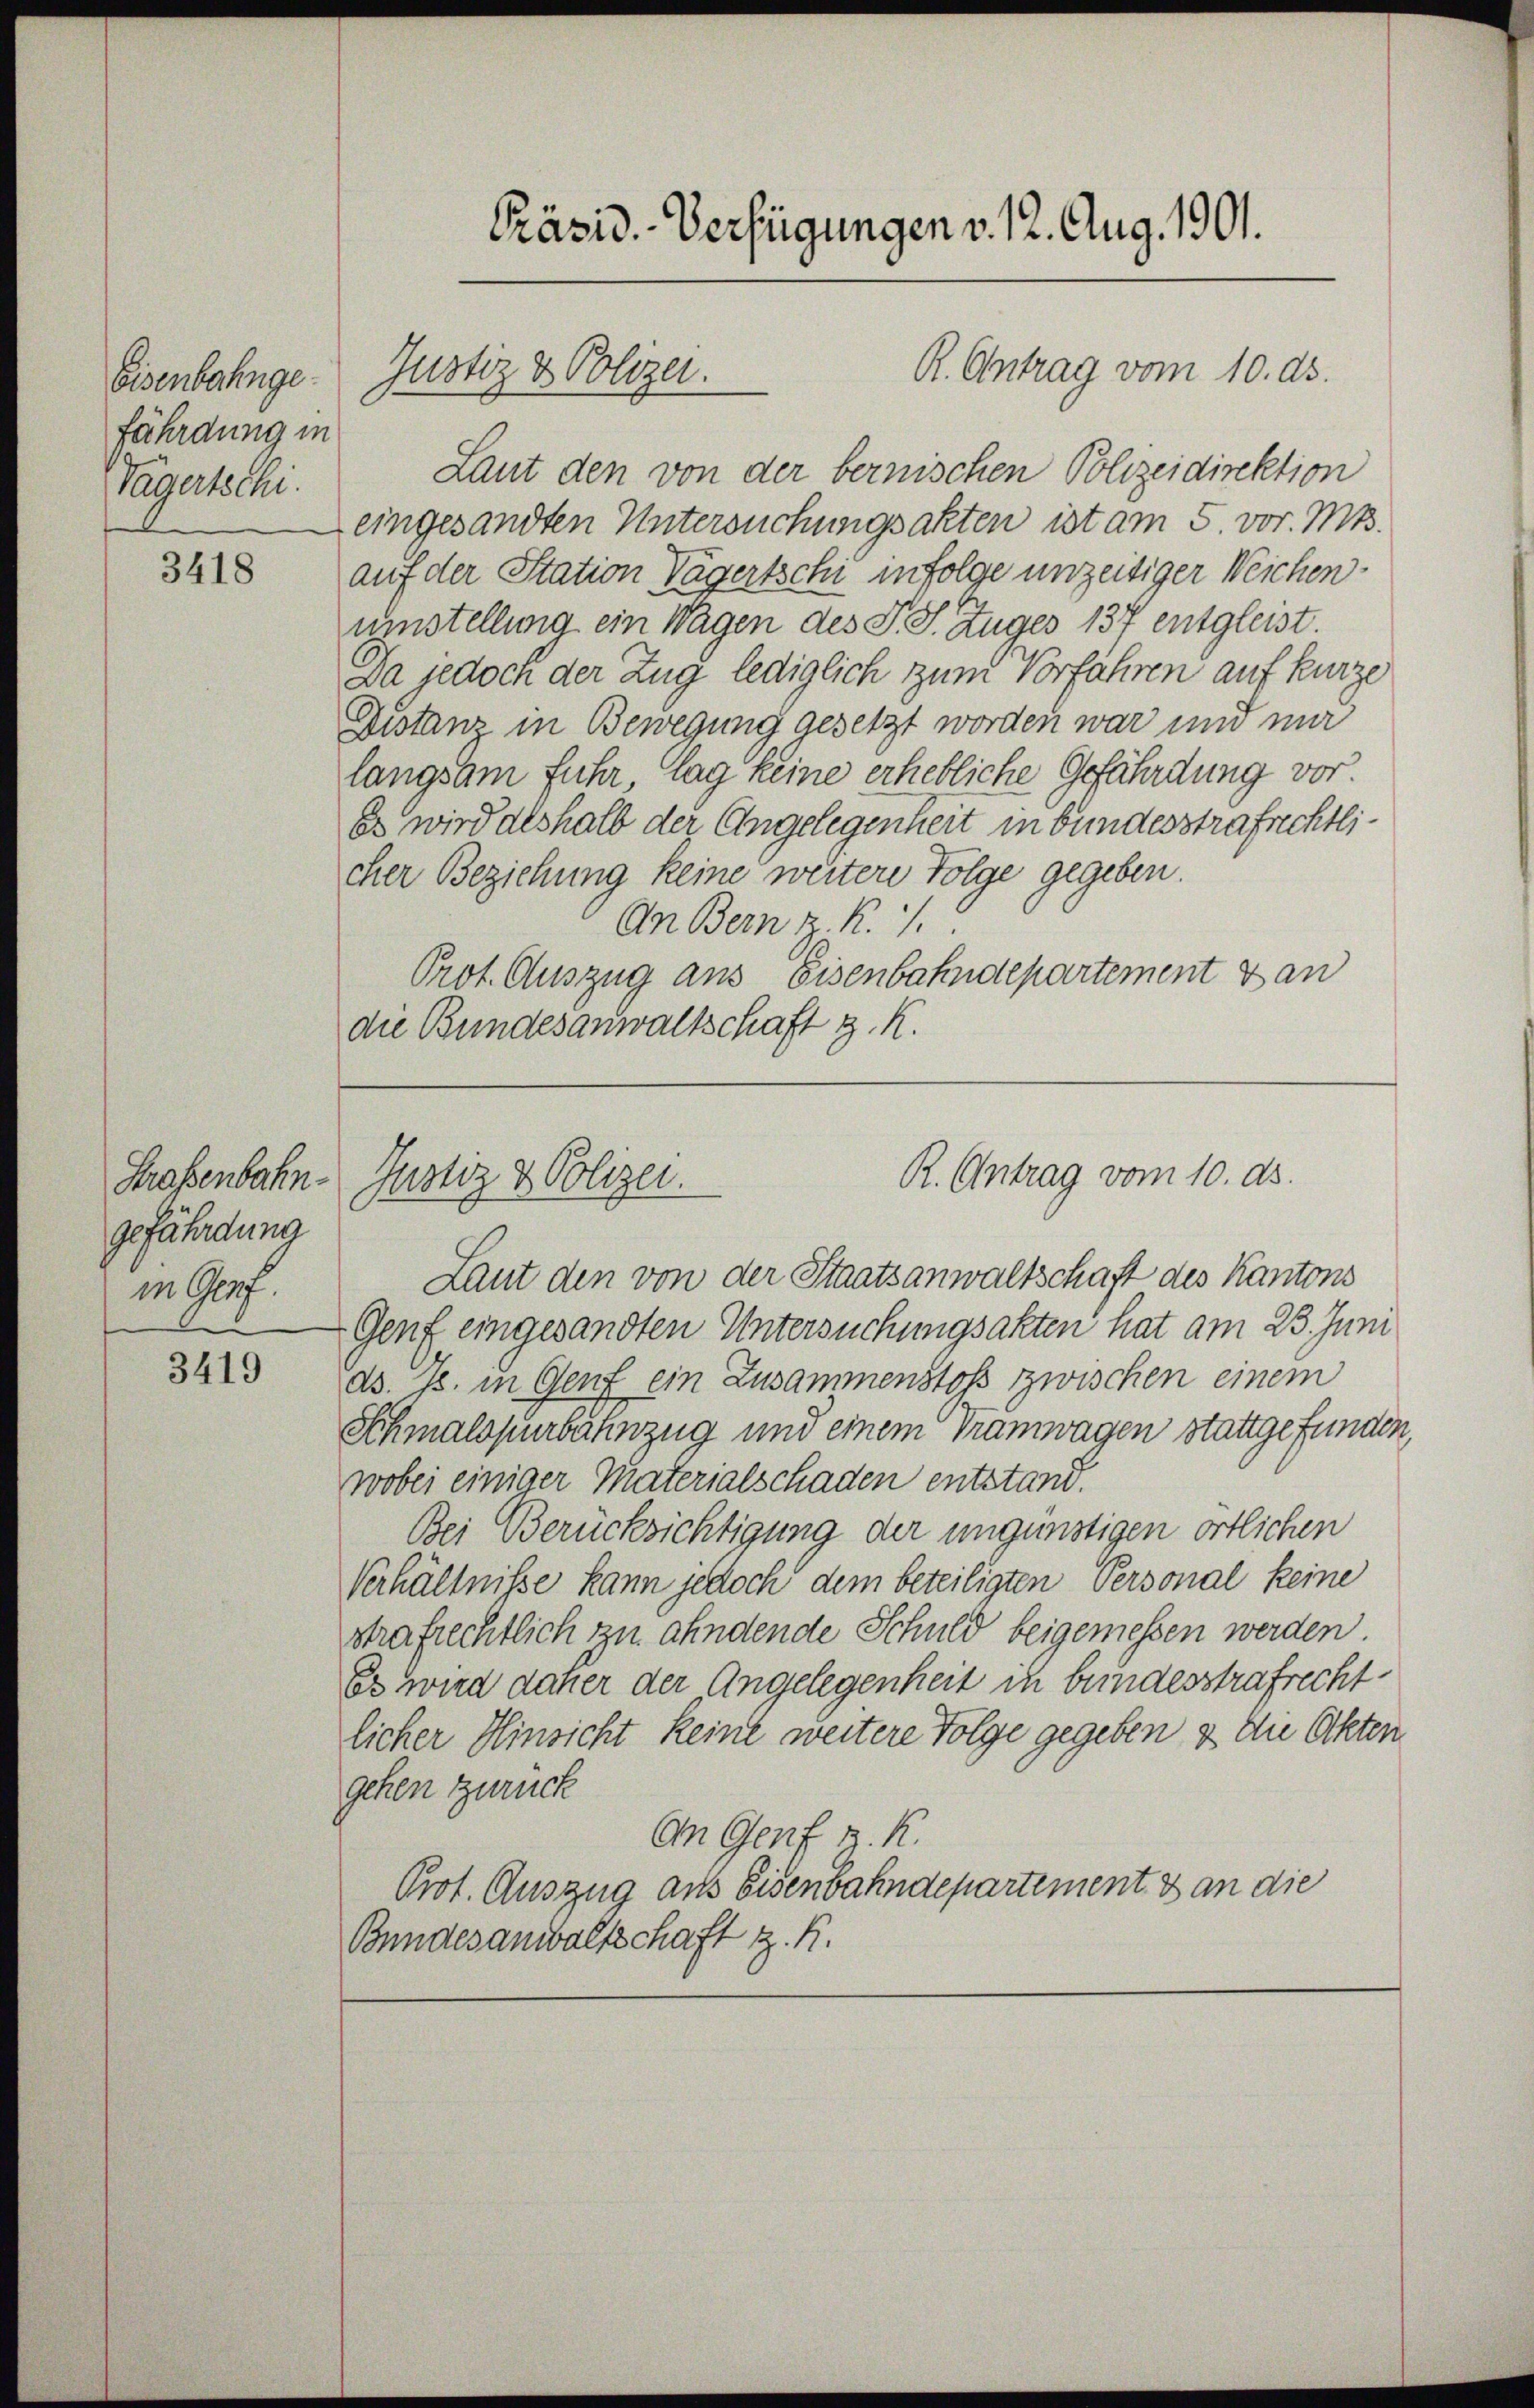
Eisenbahngefährdung in
Tägertschi.

3418

Strassenbahn-
gefährdung
in Graf.

3419

Laut den von der bernischen Polizeidirektion
eingesandten Untersuchungsakten ist am 5. vor. Mts.
auf der Station Tägertschi infolge unzeitiger Weichen
umstellung ein Wagen des P. S. Zuges 137 entgleist.
Da jedoch der Zug lediglich zum Vorfahren auf kurze
Distanz in Bewegung gesetzt worden war und nur
langsam fuhr lag keine erhebliche Gefährdung vor
Es wird deshalb der Angelegenheit in bundesstrafrechtlicher Beziehung keine weitere Folge gegeben.
An Bern K.
Prot. Auszug aus Eisenbahndepartement Dan
die Bundesanwaltschaft z. K.

Präsid.-Verfügungen v. 12. Aug. 1901.

Justiz & Polizei.

R. Antrag vom 10. ds.

R. Antrag vom 10. ds.
Justiz & Polizei.

Laut den von der Staatsanwaltschaft des Kantons
Genf eingesandten Untersuchungsakten hat am 23. Juni
ds. p. in Genf ein Zusammenstoß zwischen einem
Schmalspurbahnzug und einem Tramwagen stattgefunden,
wobei einiger Materialschaden entstand.
Bei Berücksichtigung der ungünstigen örtlichen
Verhältnisse kann jedoch dem beteiligten Personal keine
strafrechtlich zu ahndende Schuld beigemessen werden
Es wird daher der Angelegenheit in bundesstrafrecht
licher Hinsicht keine weitere Folge gegeben & die Akten
gehen zurück
An Genf z. K.
Prot. Auszug aus Eisenbahndepartement & an die
Bundesanwaltschaft z. K.